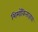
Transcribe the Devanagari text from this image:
शिमॉकिताज़ावा